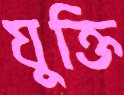
যুক্তি